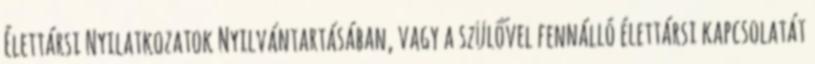
Élettársi Nyilatkozatok Nyilvántartásában, vagy a szülővel fennálló élettársi kapcsolatát